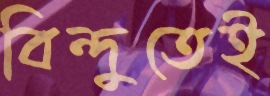
বিন্দুতেই